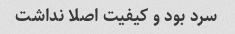
سرد بود و کیفیت اصلا نداشت